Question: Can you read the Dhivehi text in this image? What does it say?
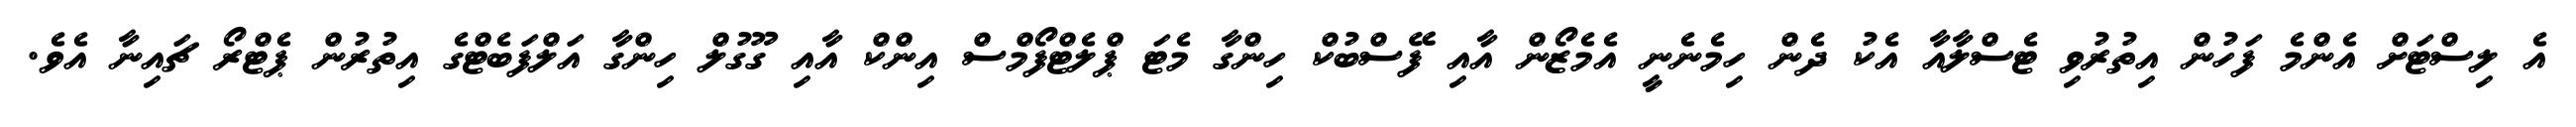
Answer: އެ ލިސްޓަށް އެންމެ ފަހުން އިތުރުވި ޓެސްލާއާ އެކު ދެން ހިމެނެނީ އެމެޒޯން އާއި ފޭސްބުކް ހިންގާ މެޓަ ޕްލެޓްފޯމްސް އިންކް އާއި ގޫގުލް ހިންގާ އަލްފަބެޓްގެ އިތުރުން ޕެޓްރޯ ޗައިނާ އެވެ.